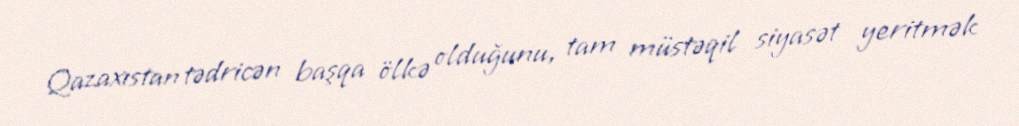
Qazaxıstan tədricən başqa ölkə olduğunu, tam müstəqil siyasət yeritmək